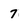
Character: 7